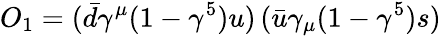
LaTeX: O_{1}=(\bar{d}\gamma^{\mu}(1-\gamma^{5})u)\, (\bar{u}\gamma_{\mu}(1-\gamma^{5})s)